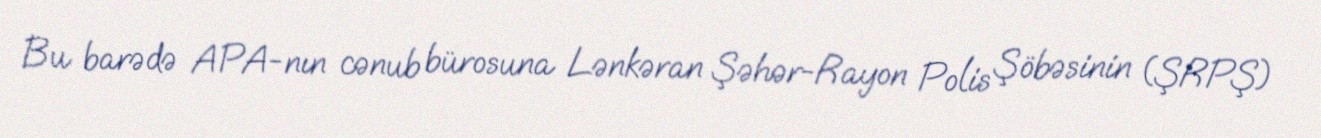
Bu barədə APA-nın cənub bürosuna Lənkəran Şəhər-Rayon Polis Şöbəsinin (ŞRPŞ)